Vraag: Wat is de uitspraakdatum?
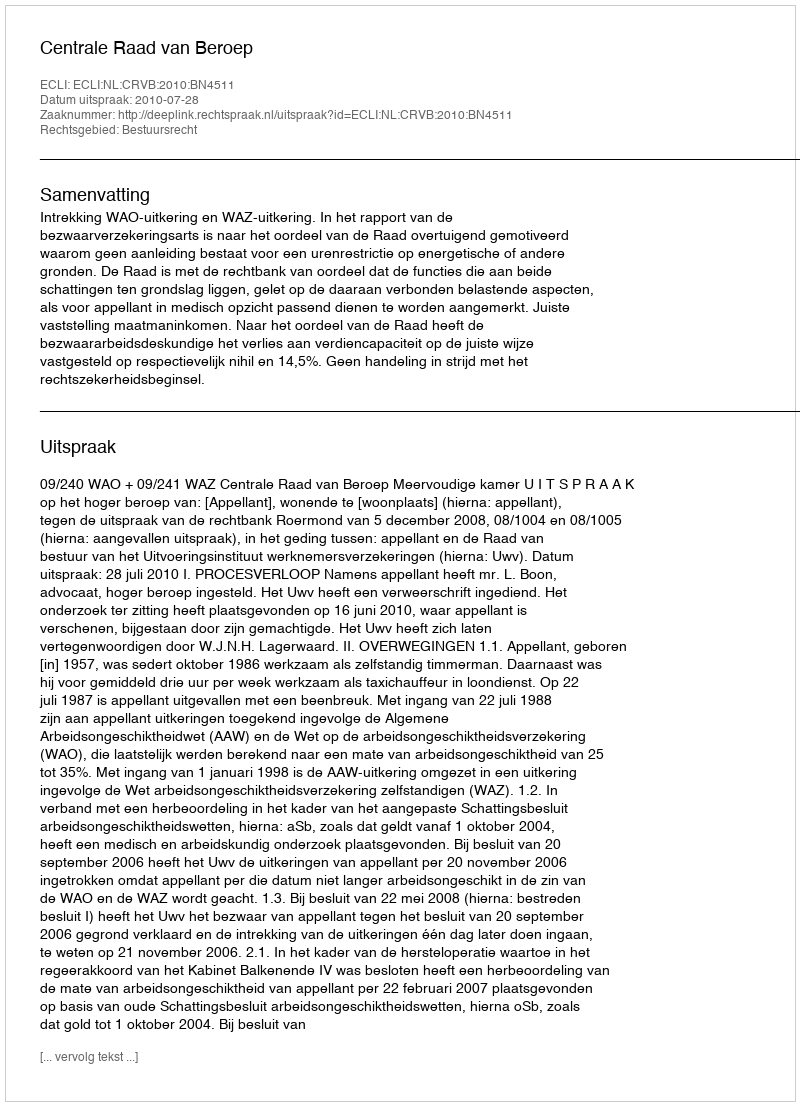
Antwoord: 2010-07-28